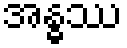
အန္ဓဿ